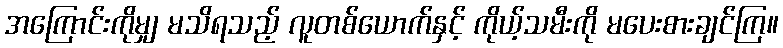
အကြောင်းကိုမျှ မသိရသည့် လူတစ်ယောက်နှင့် ကိုယ့်သမီးကို မပေးစားချင်ကြ။